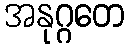
အနုဂ္ဂတေ